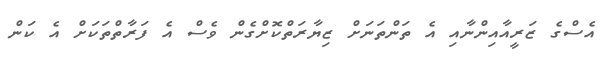
އެސްގެ ޒަރީއާއިންނާއި އެ ތަންތަނަށް ޒިޔާރަތްކޮށްގެން ވެސް އެ ފަރާތްތަކަށް އެ ކަން